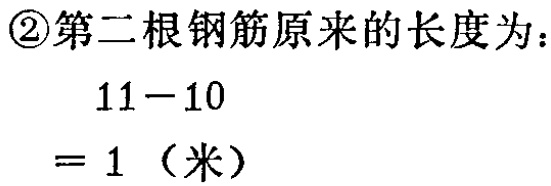
\textcircled{2}第二根钢筋原来的长度为：

\[

\begin{align*}

&11 - 10\\

=&1 \text{（米）}

\end{align*}

\]